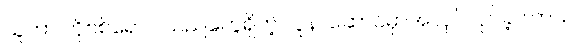
သူဟာ ကိုဗစ်ရောဂါသည်တွေရှိတဲ့ လူနာဆောင်မှာအလုပ်လုပ်ခဲ့ပါတယ်။